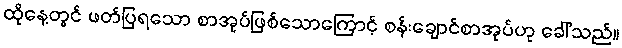
ထိုနေ့တွင် ဖတ်ပြရသော စာအုပ်ဖြစ်သောကြောင့် စန်းချောင်စာအုပ်ဟု ခေါ်သည်။